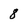
Character: 8